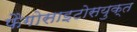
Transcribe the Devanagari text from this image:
फैगोसाइटोसयुक्त